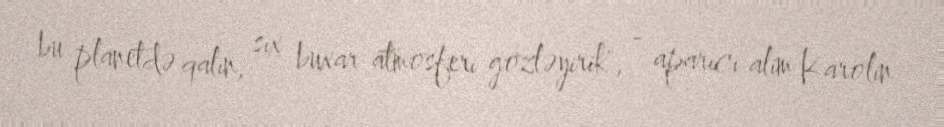
bu planetdə qalın, sıx buxar atmosferi gözləyirik", - aparıcı alim Karolin